Civil Veterinary Dept. Bombay admin report 1923-31 - 1923-1931
Year: 1923
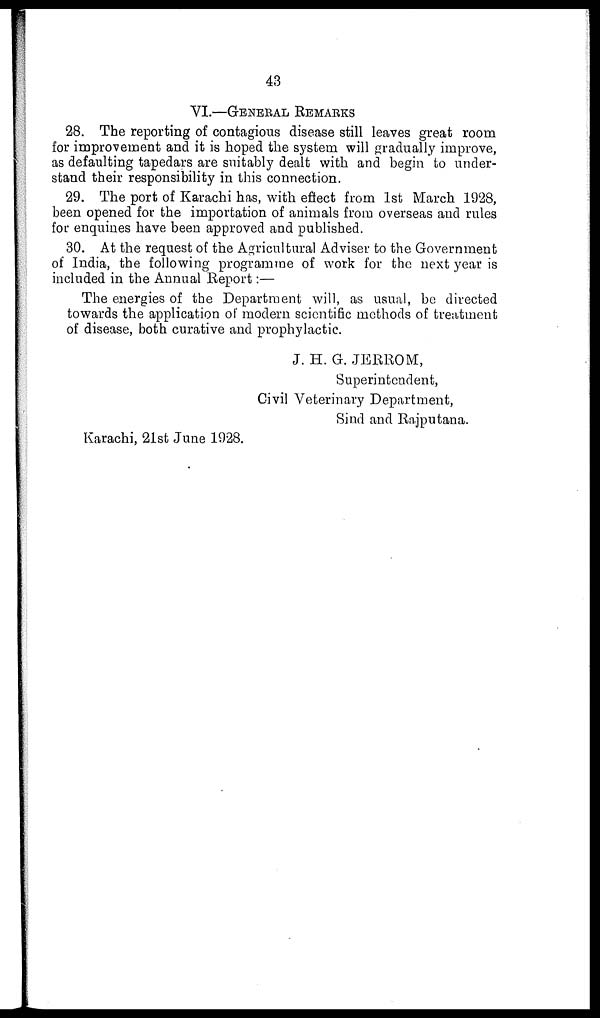
43
VI.—GENERAL REMARKS
28. The reporting of contagious disease still leaves great room
for improvement and it is hoped the system will gradually improve,
as defaulting tapedars are suitably dealt with and begin to under-
stand their responsibility in this connection.
29. The port of Karachi has, with effect from 1st March 1928,
been opened for the importation of animals from overseas and rules
for enquines have been approved and published.
30. At the request of the Agricultural Adviser to the Government
of India, the following programme of work for the next year is
included in the Annual Report:—
The energies of the Department will, as usual, be directed
towards the application of modern scientific methods of treatment
of disease, both curative and prophylactic.
J. H. G. JERROM,
Superintendent,
Civil Veterinary Department,
Sind and Rajputana.
Karachi, 21st June 1928.